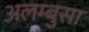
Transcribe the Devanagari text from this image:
अलम्बुसा